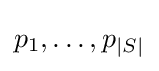
p_{1},\ldots ,p_{|S|}